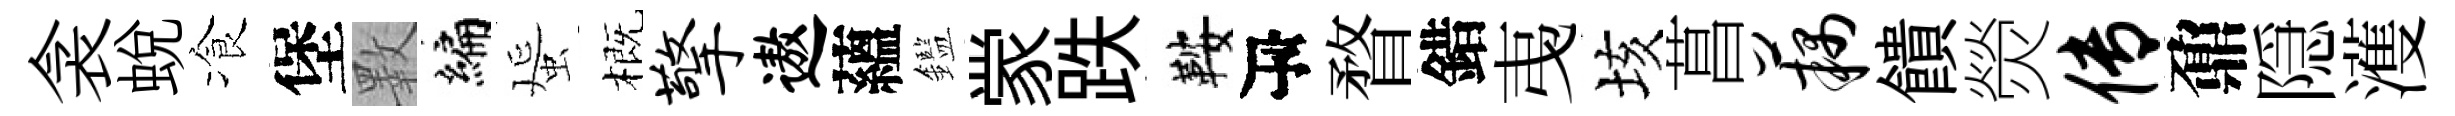
衾蜕飡堡斁编蜑概擎遨蘊鑑䝉跌鞍瓴瞀錯𢎯垓菖藕饋熒传鼐隠濩